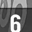
Digit: 6